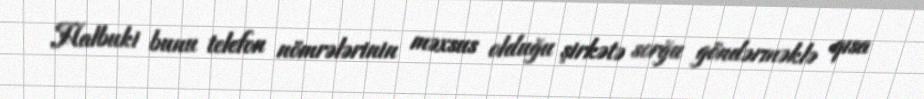
Halbuki bunu telefon nömrələrinin məxsus olduğu şirkətə sorğu göndərməklə qısa